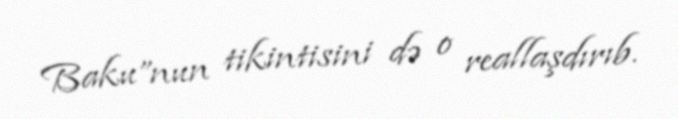
Baku”nun tikintisini də o reallaşdırıb.